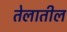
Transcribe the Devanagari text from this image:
तेलातील